Burma Government Medical School reports 1923-41
Year: 1923
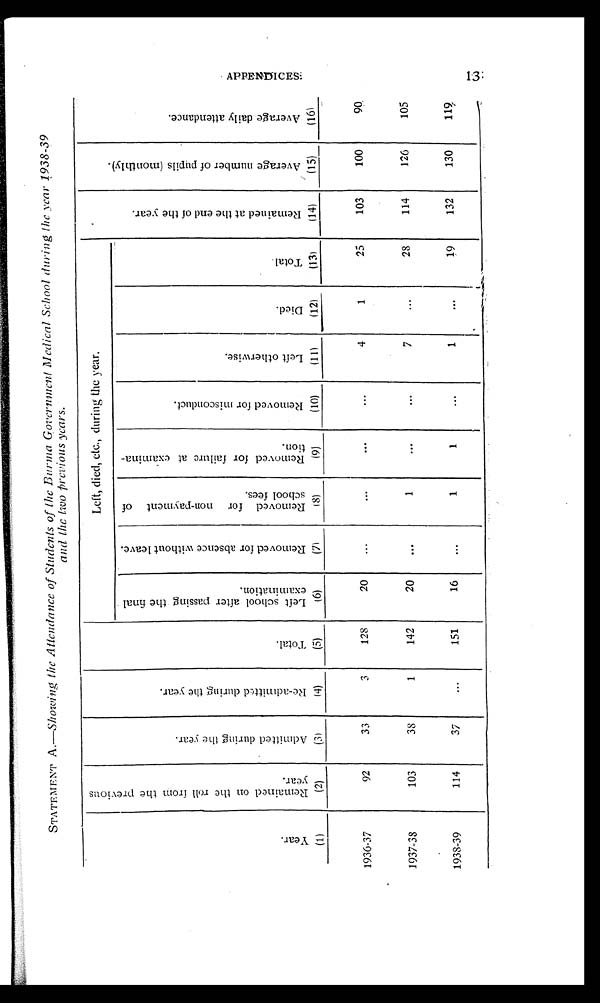
STATEMENT A .—Showing the Attendance of Students of the Burma Government Medical School during the year 1938-39
and the two previous years.
Y e a r . ( 1 )
R e ma i n e d o n t h e r o l l f r o m t h e p r e v i o u s y e a r . ( 2 )
A d m i t t e d d u r i n g t h e Y e a r . ( 3 )
R e - a d m i t t e d d u r i n g t h e y e a r . ( 4 )
T o t a l . ( 5 )
Left, died, etc., during the year.
R e m a i n e d a t t h e e n d o f t h e y e a r . ( 1 4 )
A v e r a g e n u m b e r o f p u p i l s ( m o n t h l y ) . ( 1 5 )
A v e r a g e d a i l y a t t e n d e n c e . ( 1 6 )
L e f t s c h o o l a f t e r p a s s i n g t h e f i n a l e x a m i n a t i o n . ( 6 )
R e m o v e d f o r a b s e n c e w i t h o u t l e a v e . ( 7 )
R e m o v e d f o r n o n - p a y m e n t o f s c h o o l f e e s . ( 8 )
R e m o v e d f o r f a i l u r e a t e x a m i n a - t i o n . ( 9 )
R e m o v e d f o r m i s c o n d u c t . ( 1 0 )
L e f t o t h e r w i s e . ( 1 1 )
D i e d . ( 1 2 )
T o t a l . ( 1 3 )
1936-37
92
33
3
128
20
4
1
25
103
100
90
1937-38
103
38
1
142
20
1
7
28
114
126
105
1938-39
114
37
151
16
1
1
1
19
132
130
119
APPENDICES.